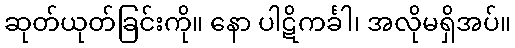
ဆုတ်ယုတ်ခြင်းကို။ နော ပါဋိကင်္ခါ၊ အလိုမရှိအပ်။